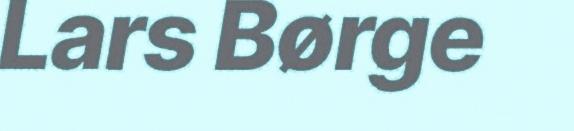
Lars Børge